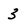
Character: 3